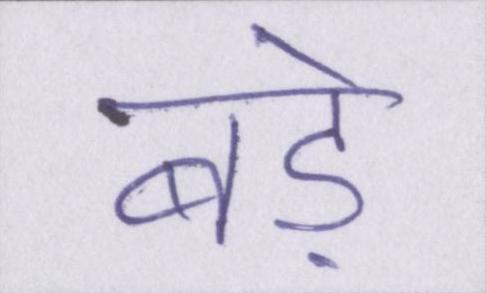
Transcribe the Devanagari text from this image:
बड़े